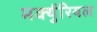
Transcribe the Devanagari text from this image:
मर्क्युरियल